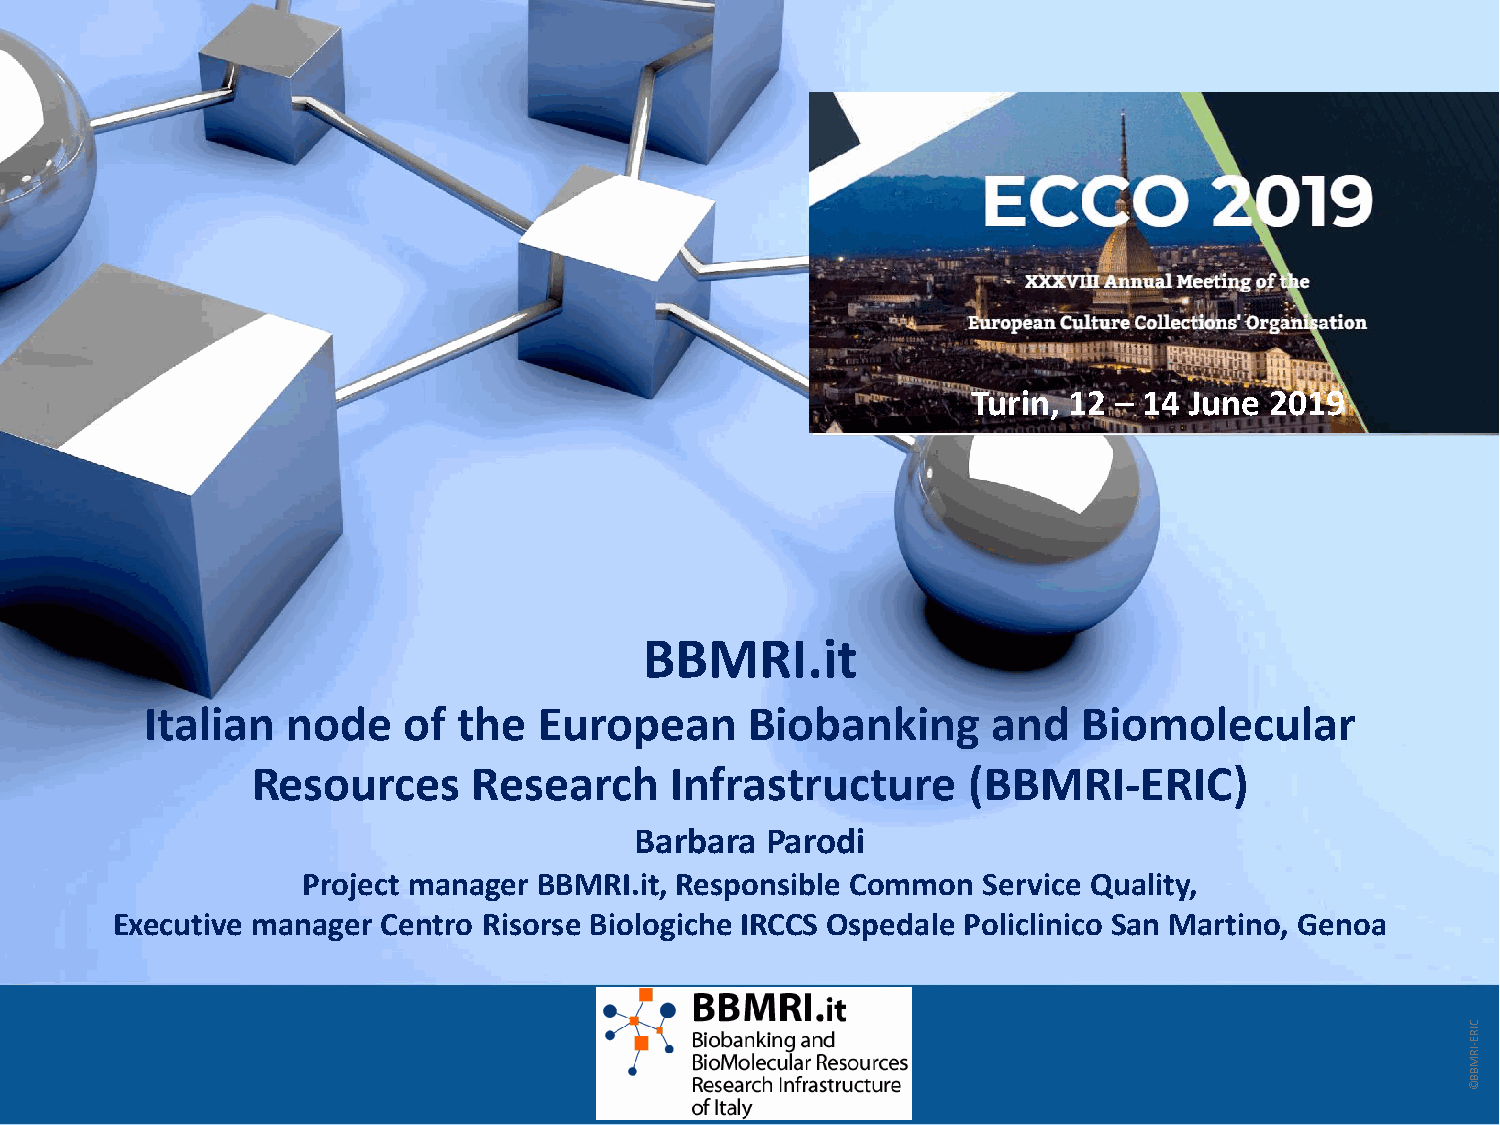
Turin, 12 – 14 June 2019
 BBMRI.it
 Italian  node    of the   European      Biobanking      and   Biomolecular
 Resources     Research     Infrastructure      (BBMRI-ERIC)
 Barbara  Parodi
 Project manager BBMRI.it, Responsible Common Service Quality,
 Executive manager Centro Risorse Biologiche IRCCS Ospedale Policlinico San Martino, Genoa
 C
 IR
 IRE-
 M
 B
 B
 ©